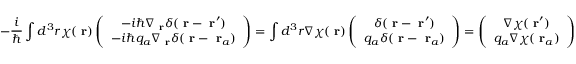
- \frac { i } { \hbar } \int d ^ { 3 } r \chi ( \mathrm { \bf ~ r } ) \left( \begin{array} { c } { - i \hbar \nabla _ { \mathrm { \bf ~ r } } \delta ( \mathrm { \bf ~ r } - \mathrm { \bf ~ r } ^ { \prime } ) } \\ { - i \hbar q _ { a } \nabla _ { \mathrm { \bf ~ r } } \delta ( \mathrm { \bf ~ r } - \mathrm { \bf ~ r } _ { a } ) } \end{array} \right) = \int d ^ { 3 } r \nabla \chi ( \mathrm { \bf ~ r } ) \left( \begin{array} { c } { \delta ( \mathrm { \bf ~ r } - \mathrm { \bf ~ r } ^ { \prime } ) } \\ { q _ { a } \delta ( \mathrm { \bf ~ r } - \mathrm { \bf ~ r } _ { a } ) } \end{array} \right) = \left( \begin{array} { c } { \nabla \chi ( \mathrm { \bf ~ r } ^ { \prime } ) } \\ { q _ { a } \nabla \chi ( \mathrm { \bf ~ r } _ { a } ) } \end{array} \right)